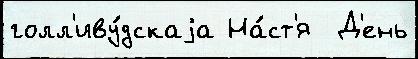
голл'иву́дскаjа На́ст'я  Д'ень